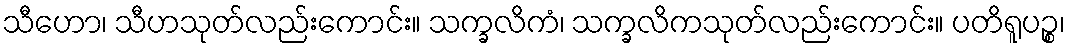
သီဟော၊ သီဟသုတ်လည်းကောင်း။ သက္ခလိကံ၊ သက္ခလိကသုတ်လည်းကောင်း။ ပတိရူပဉ္စ၊